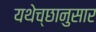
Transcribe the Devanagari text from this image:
यथेच्छानुसार